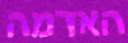
האדמה